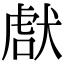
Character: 𤟜